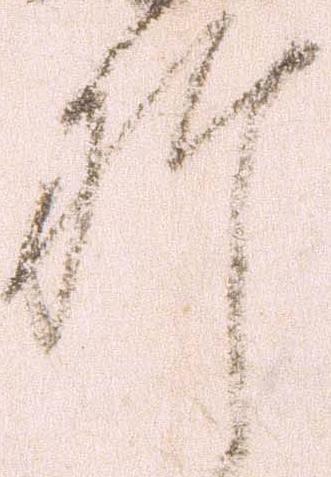
肝